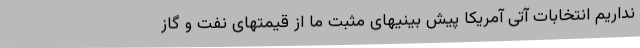
نداریم انتخابات آتی آمریکا پیش بینیهای مثبت ما از قیمتهای نفت و گاز